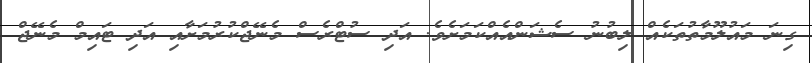
ގިނަ މައުލޫމާތުތަކެއް ލިބުނު ސެޝަންއެއްކަމަށެވެ. އަދި ސުޓްރެސް މެނޭޖްކުރުމަށާއި އަދި ޓައިމް މެނޭޖް